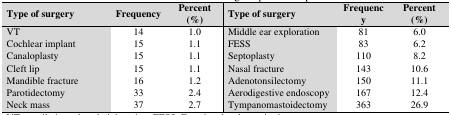
<table><thead><tr><td><b>Type of surgery</b></td><td><b>Frequency</b></td><td><b>Percent (%)</b></td><td><b>Type of surgery</b></td><td><b>Frequency</b></td><td><b>Percent (%)</b></td></tr></thead><tbody><tr><td>VT</td><td>14</td><td>1.0</td><td>Middle ear exploration</td><td>81</td><td>6.0</td></tr><tr><td>Cochlear implant</td><td>15</td><td>1.1</td><td>FESS</td><td>83</td><td>6.2</td></tr><tr><td>Canaloplasty</td><td>15</td><td>1.1</td><td>Septoplasty</td><td>110</td><td>8.2</td></tr><tr><td>Cleft lip</td><td>15</td><td>1.1</td><td>Nasal fracture</td><td>143</td><td>10.6</td></tr><tr><td>Mandible fracture</td><td>16</td><td>1.2</td><td>Adenotonsilectomy</td><td>150</td><td>11.1</td></tr><tr><td>Parotidectomy</td><td>33</td><td>2.4</td><td>Aerodigestive endoscopy</td><td>167</td><td>12.4</td></tr><tr><td>Neck mass</td><td>37</td><td>2.7</td><td>Tympanomastoidectomy</td><td>363</td><td>26.9</td></tr></tbody></table>